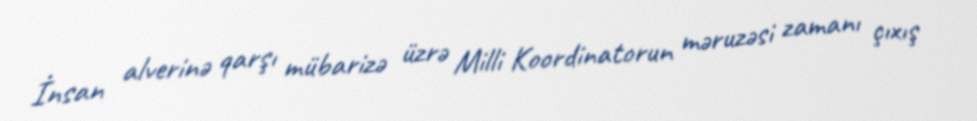
İnsan alverinə qarşı mübarizə üzrə Milli Koordinatorun məruzəsi zamanı çıxış